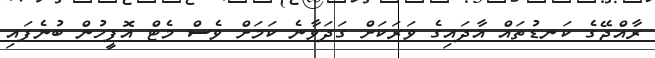
ރާއްޖޭގެ ކަނޑުތައް އާދައިގެ ވަރަކަށް ގަދަވާނެ ކަމަށް ވެސް މެޓް އޮފީހުން ބުނެފައި